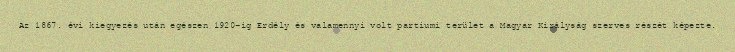
Az 1867. évi kiegyezés után egészen 1920-ig Erdély és valamennyi volt partiumi terület a Magyar Királyság szerves részét képezte.